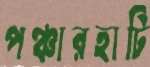
পঞ্চারহাটি